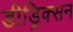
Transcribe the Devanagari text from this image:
डीड्रिक्सन